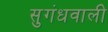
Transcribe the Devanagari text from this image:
सुगंधवाली